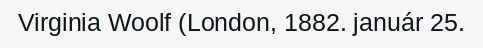
Virginia Woolf (London, 1882. január 25.